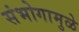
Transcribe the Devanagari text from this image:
संभोगामुळे